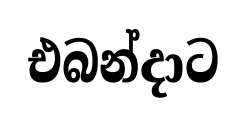
එබන්දාට